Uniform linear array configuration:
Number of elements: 12
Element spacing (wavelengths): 0.5
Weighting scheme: uniform
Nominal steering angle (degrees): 0
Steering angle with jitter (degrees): -0.4054
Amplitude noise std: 0.05
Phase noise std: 0.05

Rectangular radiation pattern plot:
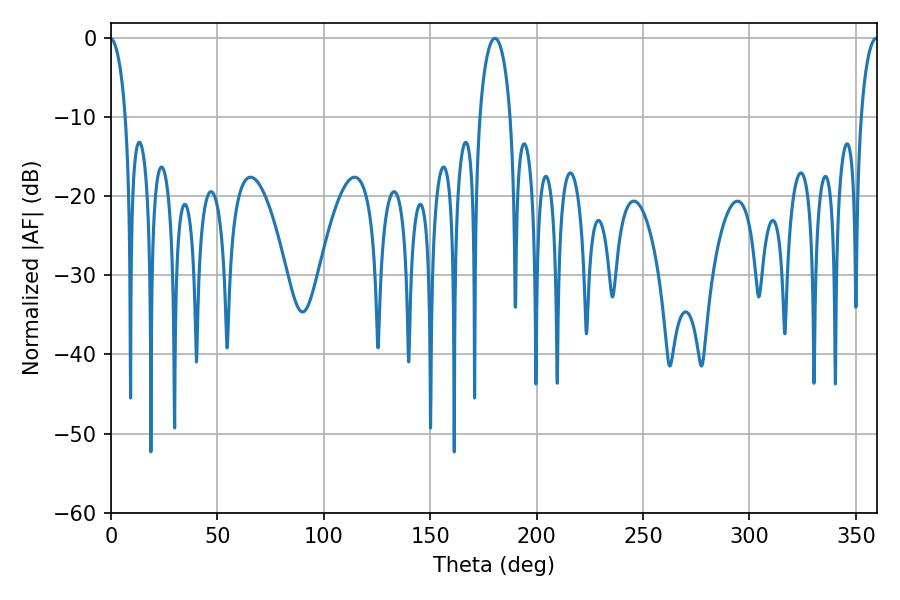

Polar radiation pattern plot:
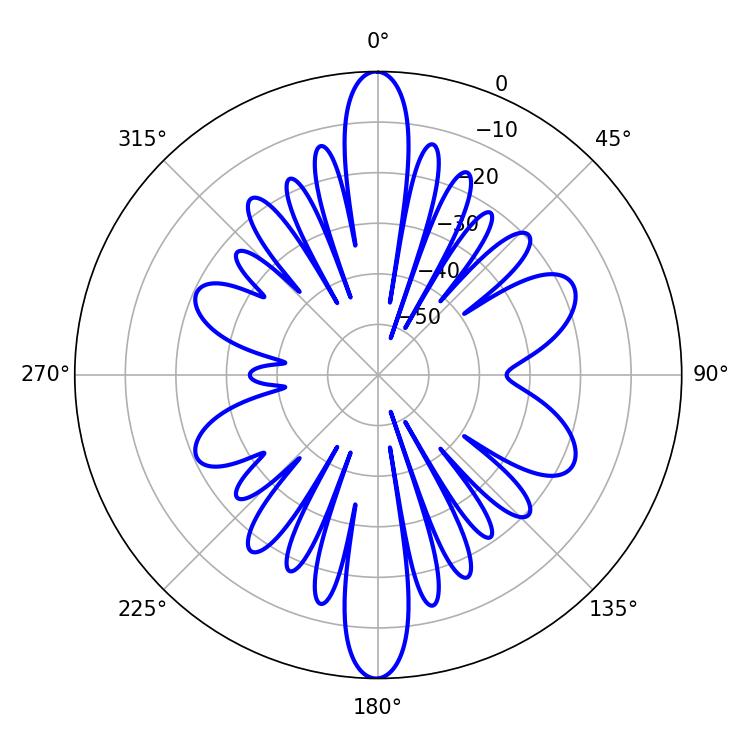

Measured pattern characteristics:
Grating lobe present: FALSE
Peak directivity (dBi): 29.411
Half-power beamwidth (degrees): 8.28
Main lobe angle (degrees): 180.36